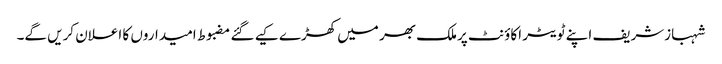
شہبازشریف اپنے ٹویٹر اکاؤنٹ پرملک بھر میں کھڑے کیے گئے مضبوط امیداروں کا اعلان کریں گے۔